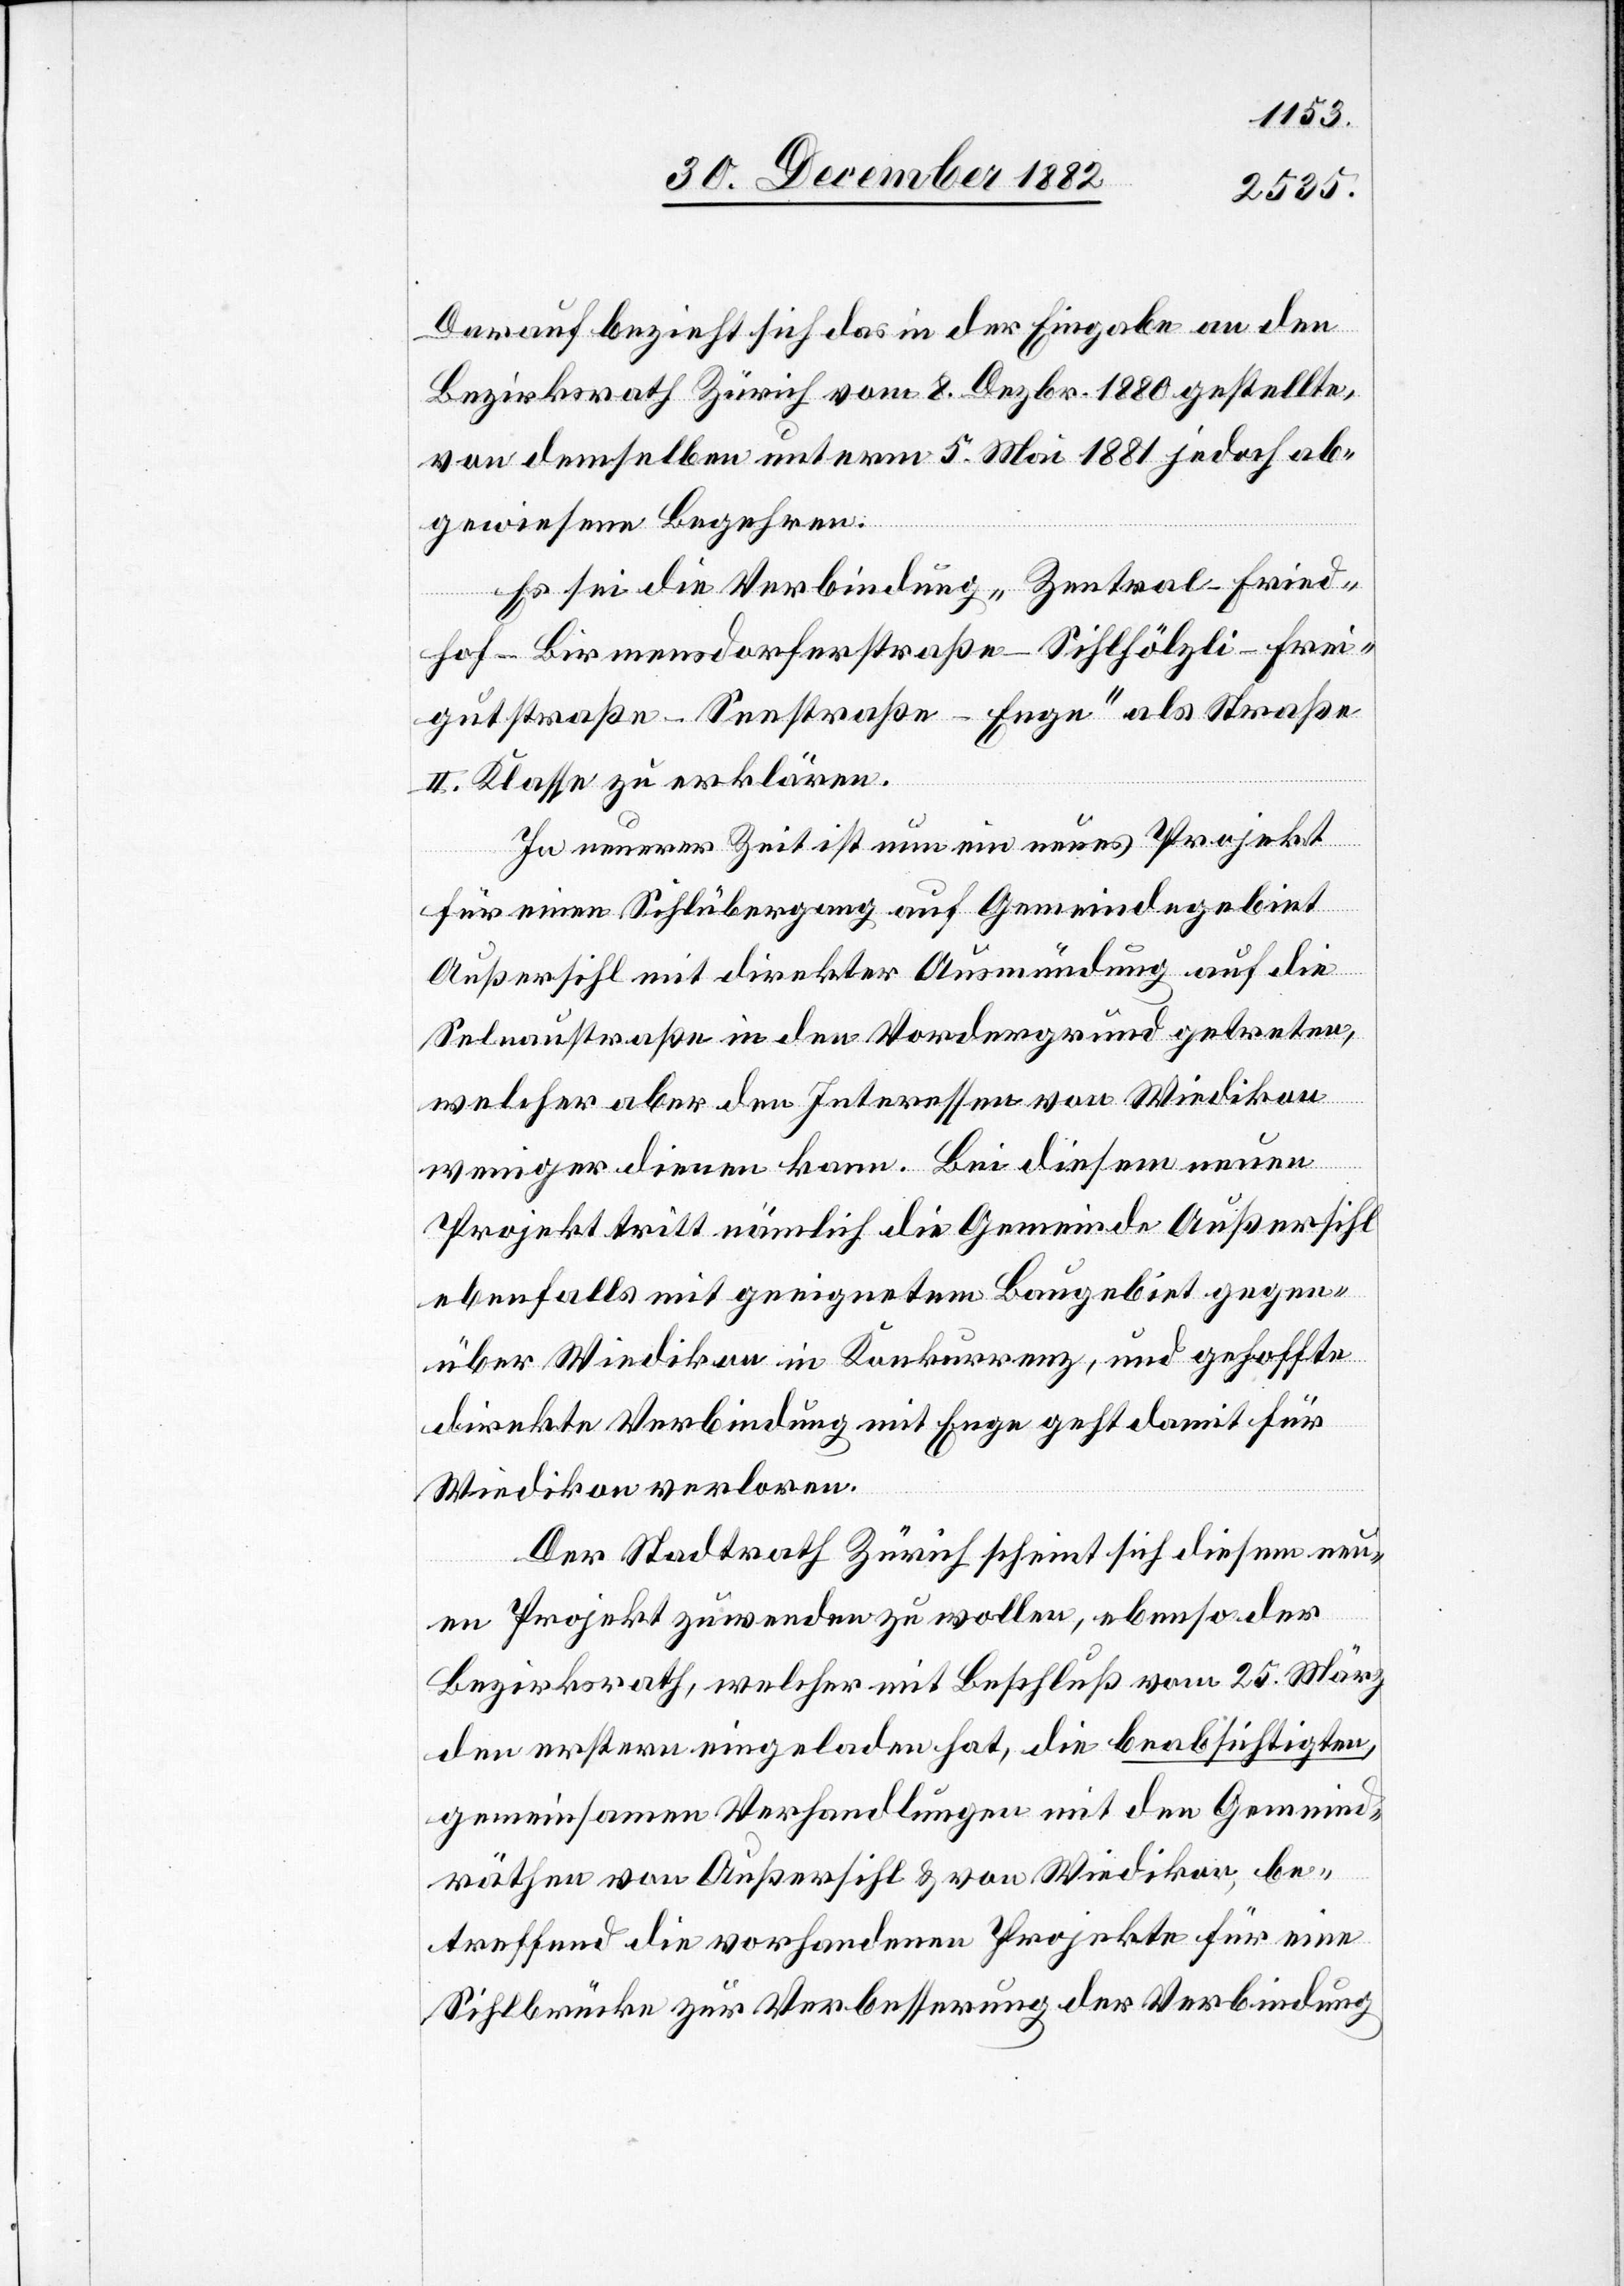
Darnach bezieht sich das in der Eingabe an den
Bezirksrath Zürich vom 8. Dezbr. 1880 gestellte,
von demselben unterm 5 Mai 1881 jedoch ab¬
gewiesene Begehren.
Es sei die Verbindung „Zentral–Dried¬
hof–Birmensdorferstraße–Sihlhölzli–Frei¬
gutstraße–Seestraße–Enge“ als Straße
II. Klasse zu erklären.
In neuerer Zeit ist nun ein neues Projekt
für einen Sihlübergang auf Gemeindegebiet
Außersihl mit direkter Ausmündung auf die
Selnaustraße in den Vordergrund getreten,
welcher aber den Interessen von Wiedikon
weniger dienen kann. Bei diesem neuen
Projekt tritt nämlich die Gemeinde Außersihl
ebenfalls mit geeignetem Baugebiet gegen¬
über Wiedikon in Konkurrenz, und gehoffte
direkte Verbindung mit Enge geht damit für
Wiedikon verloren.
Der Stadtrath Zürich scheint sich diesem neu¬
en Projekt zuwenden zu wollen, ebenso der
Bezirksrath, welcher mit Beschluß vom 25. März
den erstern eingeladen hat, die beabsichtigten,
gemeinsamen Verhandlungen mit den Gemeind¬
räthen von Außersihl & von Wiedikon, be¬
treffend die vorhandenen Projekte für eine
Sihlbrücke zur Verbesserung der Verbindung